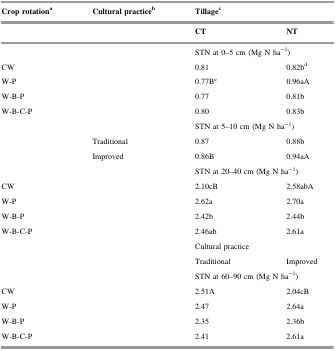
<table><thead><tr><td><b>Crop rotation<sup>a</sup></b></td><td><b>Cultural practice<sup>b</sup></b></td><td colspan="2"><b>Tillage<sup>c</sup></b></td></tr><tr><td></td><td></td><td><b>CT</b></td><td><b>NT</b></td></tr></thead><tbody><tr><td></td><td></td><td colspan="2">STN at 0–5 cm (Mg N ha<sup>−1</sup>)</td></tr><tr><td>CW</td><td></td><td>0.81</td><td>0.82b<sup>d</sup></td></tr><tr><td>W-P</td><td></td><td>0.77B<sup>e</sup></td><td>0.96aA</td></tr><tr><td>W-B-P</td><td></td><td>0.77</td><td>0.81b</td></tr><tr><td>W-B-C-P</td><td></td><td>0.80</td><td>0.83b</td></tr><tr><td></td><td></td><td colspan="2">STN at 5–10 cm (Mg N ha<sup>−1</sup>)</td></tr><tr><td></td><td>Traditional</td><td>0.87</td><td>0.88b</td></tr><tr><td></td><td>Improved</td><td>0.86B</td><td>0.94aA</td></tr><tr><td></td><td></td><td colspan="2">STN at 20–40 cm (Mg N ha<sup>−1</sup>)</td></tr><tr><td>CW</td><td></td><td>2.10cB</td><td>2.58abA</td></tr><tr><td>W-P</td><td></td><td>2.62a</td><td>2.70a</td></tr><tr><td>W-B-P</td><td></td><td>2.42b</td><td>2.44b</td></tr><tr><td>W-B-C-P</td><td></td><td>2.46ab</td><td>2.61a</td></tr><tr><td></td><td></td><td colspan="2">Cultural practice</td></tr><tr><td></td><td></td><td>Traditional</td><td>Improved</td></tr><tr><td></td><td></td><td colspan="2">STN at 60–90 cm (Mg N ha<sup>−1</sup>)</td></tr><tr><td>CW</td><td></td><td>2.51A</td><td>2.04cB</td></tr><tr><td>W-P</td><td></td><td>2.47</td><td>2.64a</td></tr><tr><td>W-B-P</td><td></td><td>2.35</td><td>2.36b</td></tr><tr><td>W-B-C-P</td><td></td><td>2.41</td><td>2.61a</td></tr></tbody></table>